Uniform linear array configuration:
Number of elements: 48
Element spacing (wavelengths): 0.5
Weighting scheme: binomial
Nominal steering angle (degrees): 0
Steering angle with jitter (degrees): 0.1217
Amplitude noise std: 0.05
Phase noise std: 0.05

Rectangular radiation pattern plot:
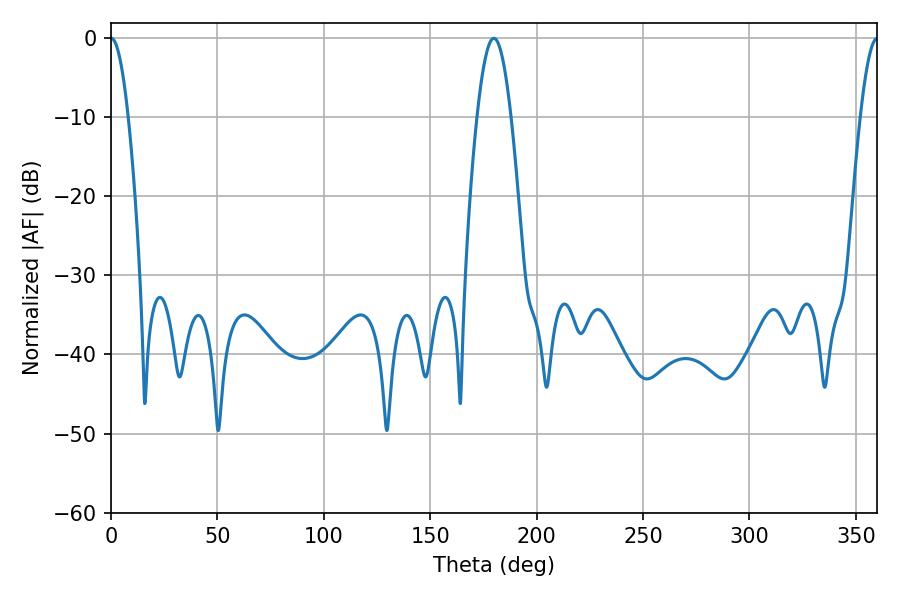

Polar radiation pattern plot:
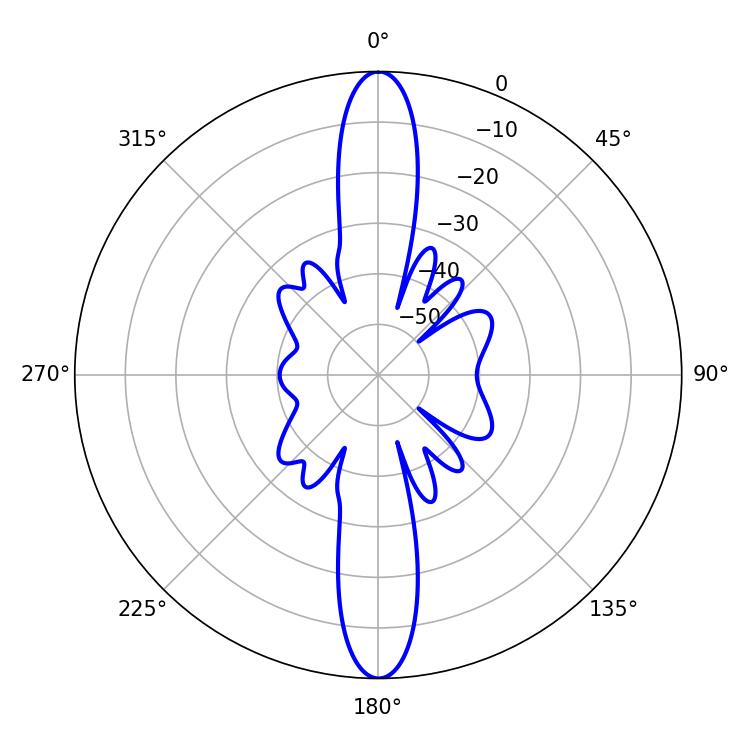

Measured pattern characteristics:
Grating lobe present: FALSE
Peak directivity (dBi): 37.126
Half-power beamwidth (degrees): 4.32
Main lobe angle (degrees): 0.18